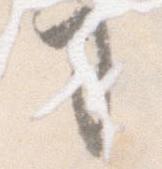
司